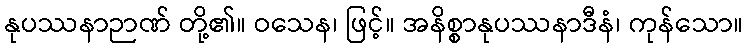
နုပဿနာဉာဏ် တို့၏။ ဝသေန၊ ဖြင့်။ အနိစ္စာနုပဿနာဒီနံ၊ ကုန်သော။